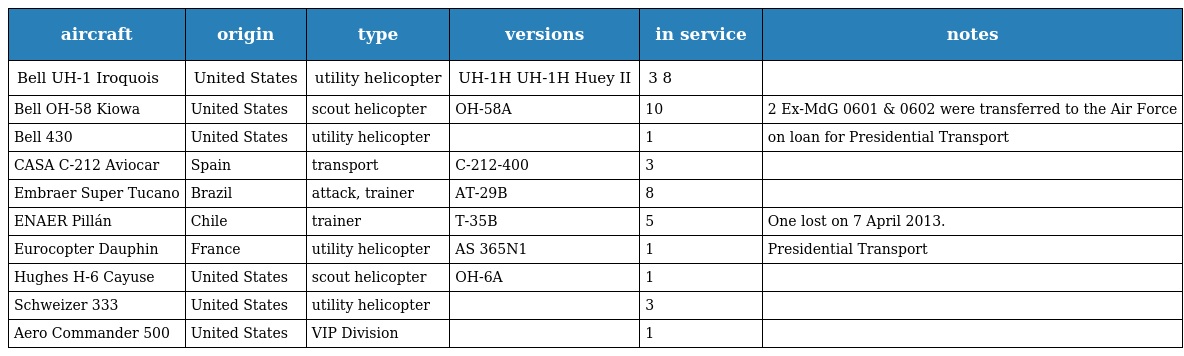
| aircraft | origin | type | versions | in service | notes |
 | --- | --- | --- | --- | --- | --- |
 | Bell UH-1 Iroquois | United States | utility helicopter | UH-1H UH-1H Huey II | 3 8 |  |
 | Bell OH-58 Kiowa | United States | scout helicopter | OH-58A | 10 | 2 Ex-MdG 0601 & 0602 were transferred to the Air Force |
 | Bell 430 | United States | utility helicopter |  | 1 | on loan for Presidential Transport |
 | CASA C-212 Aviocar | Spain | transport | C-212-400 | 3 |  |
 | Embraer Super Tucano | Brazil | attack, trainer | AT-29B | 8 |  |
 | ENAER Pillán | Chile | trainer | T-35B | 5 | One lost on 7 April 2013. |
 | Eurocopter Dauphin | France | utility helicopter | AS 365N1 | 1 | Presidential Transport |
 | Hughes H-6 Cayuse | United States | scout helicopter | OH-6A | 1 |  |
 | Schweizer 333 | United States | utility helicopter |  | 3 |  |
 | Aero Commander 500 | United States | VIP Division |  | 1 |  |